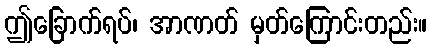
ဤခြောက်ရပ်၊ အာဏတ် မှတ်ကြောင်းတည်း။